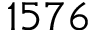
1 5 7 6